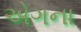
એગના